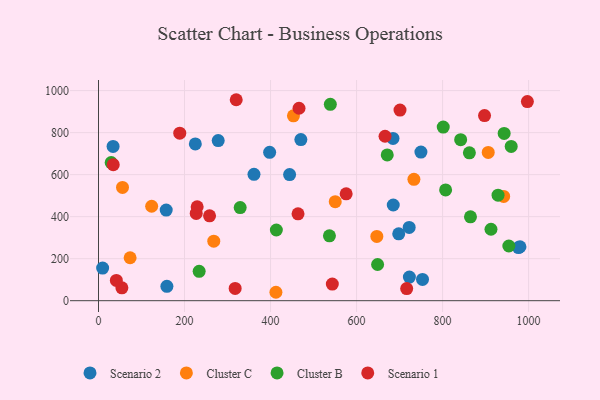
{"axis": {"x": "Investment", "y": "Profit"}, "legend": ["Cluster B", "Cluster C", "Scenario 1", "Scenario 2"], "data": [{"x": "9.6", "y": 155.1, "type": "Scenario 2"}, {"x": "278.3", "y": 762.1, "type": "Scenario 2"}, {"x": "159.0", "y": 68.3, "type": "Scenario 2"}, {"x": "470.5", "y": 767.0, "type": "Scenario 2"}, {"x": "361.5", "y": 601.3, "type": "Scenario 2"}, {"x": "397.9", "y": 706.1, "type": "Scenario 2"}, {"x": "225.1", "y": 746.4, "type": "Scenario 2"}, {"x": "722.8", "y": 112.4, "type": "Scenario 2"}, {"x": "157.4", "y": 431.3, "type": "Scenario 2"}, {"x": "749.6", "y": 707.6, "type": "Scenario 2"}, {"x": "698.0", "y": 318.1, "type": "Scenario 2"}, {"x": "976.5", "y": 252.8, "type": "Scenario 2"}, {"x": "444.3", "y": 600.4, "type": "Scenario 2"}, {"x": "684.7", "y": 772.3, "type": "Scenario 2"}, {"x": "33.9", "y": 734.5, "type": "Scenario 2"}, {"x": "722.3", "y": 348.6, "type": "Scenario 2"}, {"x": "685.3", "y": 455.4, "type": "Scenario 2"}, {"x": "979.9", "y": 256.8, "type": "Scenario 2"}, {"x": "753.3", "y": 101.5, "type": "Scenario 2"}, {"x": "123.6", "y": 449.5, "type": "Cluster C"}, {"x": "73.5", "y": 204.5, "type": "Cluster C"}, {"x": "550.4", "y": 471.3, "type": "Cluster C"}, {"x": "733.3", "y": 577.9, "type": "Cluster C"}, {"x": "647.1", "y": 306.0, "type": "Cluster C"}, {"x": "906.1", "y": 705.6, "type": "Cluster C"}, {"x": "268.0", "y": 283.5, "type": "Cluster C"}, {"x": "942.0", "y": 496.5, "type": "Cluster C"}, {"x": "453.2", "y": 880.2, "type": "Cluster C"}, {"x": "412.5", "y": 40.1, "type": "Cluster C"}, {"x": "55.8", "y": 539.4, "type": "Cluster C"}, {"x": "912.5", "y": 340.0, "type": "Cluster B"}, {"x": "842.0", "y": 766.6, "type": "Cluster B"}, {"x": "807.0", "y": 527.3, "type": "Cluster B"}, {"x": "928.9", "y": 502.4, "type": "Cluster B"}, {"x": "943.1", "y": 796.2, "type": "Cluster B"}, {"x": "862.3", "y": 703.8, "type": "Cluster B"}, {"x": "29.5", "y": 657.6, "type": "Cluster B"}, {"x": "864.8", "y": 399.1, "type": "Cluster B"}, {"x": "648.9", "y": 172.3, "type": "Cluster B"}, {"x": "329.4", "y": 443.1, "type": "Cluster B"}, {"x": "234.0", "y": 140.0, "type": "Cluster B"}, {"x": "536.9", "y": 308.6, "type": "Cluster B"}, {"x": "954.0", "y": 260.3, "type": "Cluster B"}, {"x": "959.5", "y": 734.5, "type": "Cluster B"}, {"x": "801.5", "y": 826.3, "type": "Cluster B"}, {"x": "539.0", "y": 934.9, "type": "Cluster B"}, {"x": "413.5", "y": 336.5, "type": "Cluster B"}, {"x": "671.3", "y": 693.7, "type": "Cluster B"}, {"x": "317.7", "y": 58.6, "type": "Scenario 1"}, {"x": "466.2", "y": 916.1, "type": "Scenario 1"}, {"x": "227.2", "y": 415.4, "type": "Scenario 1"}, {"x": "34.3", "y": 647.6, "type": "Scenario 1"}, {"x": "54.4", "y": 61.3, "type": "Scenario 1"}, {"x": "188.9", "y": 797.3, "type": "Scenario 1"}, {"x": "666.2", "y": 782.7, "type": "Scenario 1"}, {"x": "701.0", "y": 907.5, "type": "Scenario 1"}, {"x": "575.8", "y": 508.5, "type": "Scenario 1"}, {"x": "716.5", "y": 57.7, "type": "Scenario 1"}, {"x": "258.2", "y": 403.9, "type": "Scenario 1"}, {"x": "229.4", "y": 446.7, "type": "Scenario 1"}, {"x": "320.2", "y": 956.6, "type": "Scenario 1"}, {"x": "41.5", "y": 96.5, "type": "Scenario 1"}, {"x": "463.9", "y": 413.3, "type": "Scenario 1"}, {"x": "543.6", "y": 79.1, "type": "Scenario 1"}, {"x": "897.5", "y": 881.2, "type": "Scenario 1"}, {"x": "997.1", "y": 947.7, "type": "Scenario 1"}]}